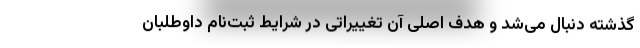
گذشته دنبال می‌شد و هدف اصلی آن تغییراتی در شرایط ثبت‌نام داوطلبان